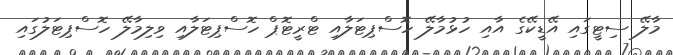
މާލޭ ސިޓީގައި އޭޑީކޭގެ އާއި ހުޅުމާލޭ ހޮސްޕިޓަލާއި ޓްރީޓޮޕް ހޮސްޕިޓަލާއި ވިލިމާލޭ ހޮސްޕިޓަލުގައި